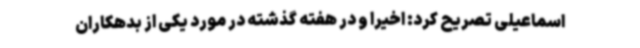
اسماعیلی تصریح کرد: اخیرا و در هفته گذشته در مورد یکی از بدهکاران